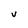
Character: V